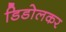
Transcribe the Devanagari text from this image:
डिडोलकर